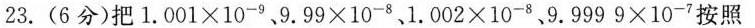
23.(6分)把$$1 . 0 0 1 \times 1 0 ^ { - 9 }$$、$$9 . 9 9 \times 1 0 ^ { - 8 }$$、$$1 . 0 0 2 \times 1 0 ^ { - 8 }$$、$$9 . 9 9 9 9 \times 10 ^ { - 7 }$$按照